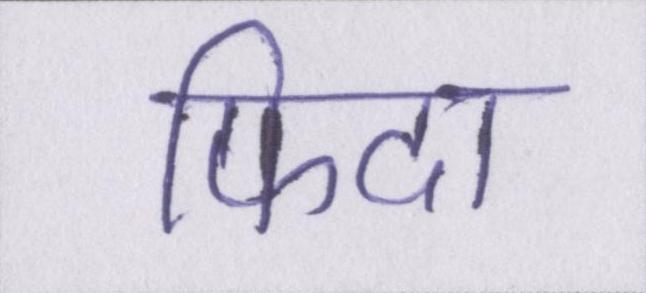
फिदा